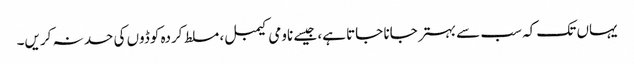
یہاں تک کہ سب سے بہتر جانا جاتا ہے، جیسے ناومی کیمبل، مسلط کردہ کوڈوں کی حد نہ کریں۔